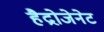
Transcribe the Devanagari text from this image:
हैद्रोजेनेट